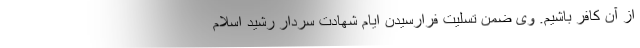
از آن کافر باشیم. وی ضمن تسلیت فرارسیدن ایام شهادت سردار رشید اسلام